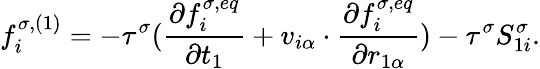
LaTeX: f_{i}^{\sigma,(1)}=-\tau^{\sigma}(\frac{\partial f_{i}^{\sigma,eq}}{\partial t_{1}}+v_{i\alpha}\cdot\frac{\partial f_{i}^{\sigma,eq}}{\partial r_{1\alpha}})-\tau^{\sigma}S_{1i}^{\sigma}.